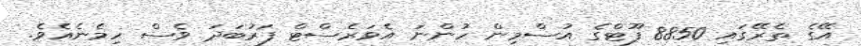
އޭގެ ތެރޭގައި 8850 ފޫޓްގެ އުސްމިން ހުންނަ އެވަރެސްޓް ފަރުބަދަ ވެސް ހިމެނެއެވެ.